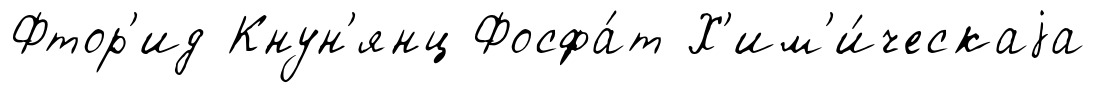
Фтор'ид Кнун'янц Фосфа́т Х'им'и́ческаjа